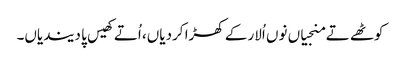
کوٹھے تے منجیاں نوں اُلار کے کھڑا کردیاں، اُتے کھیس پا دیندیاں۔